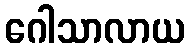
ဂေါသာလာယ